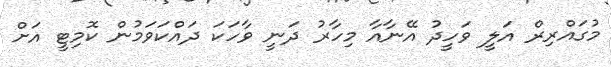
މުގައްރިރް އަލީ ވަހީދު އޭނާއާ މިހާރު ދަނީ ވާހަކަ ދައްކަވަމުން ކޮމިޓީ އަށް